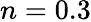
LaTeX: n=0.3